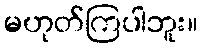
မဟုတ်ကြပါဘူး။